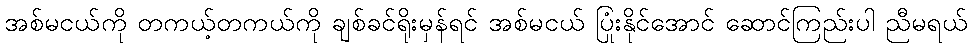
အစ်မငယ်ကို တကယ့်တကယ်ကို ချစ်ခင်ရိုးမှန်ရင် အစ်မငယ် ပြုံးနိုင်အောင် ဆောင်ကြည်းပါ ညီမရယ်